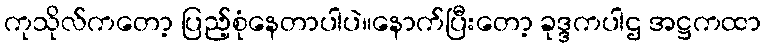
ကုသိုလ်ကတော့ ပြည့်စုံနေတာပါပဲ။နောက်ပြီးတော့ ခုဒ္ဒကပါဌ အဋ္ဌကထာ